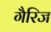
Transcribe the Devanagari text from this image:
गैरिज